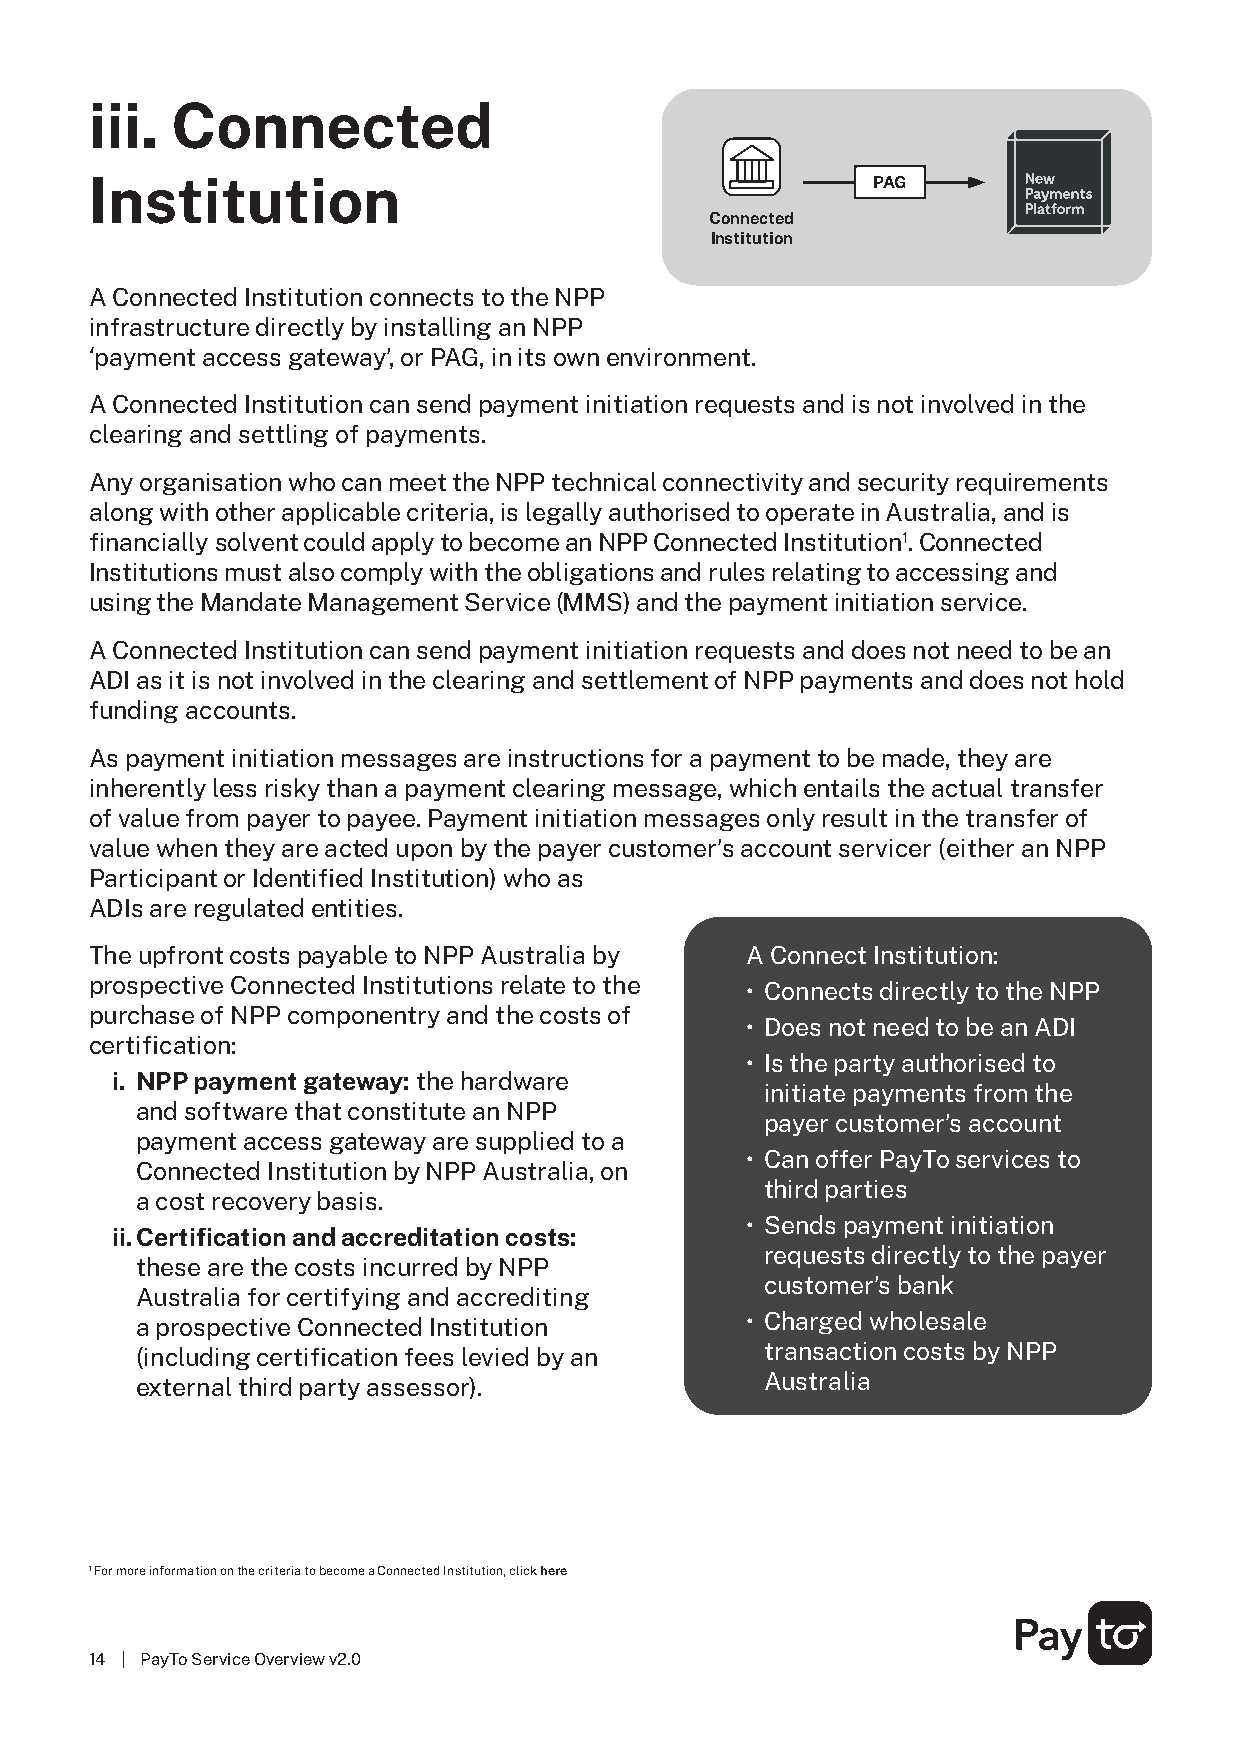
iii. Connected
 Institution                                         PAG
 Connected
 Institution
 A Connected Institution connects to the NPP
 infrastructure directly by installing an NPP
 ‘payment access gateway’, or PAG, in its own environment.
 A Connected Institution can send payment initiation requests and is not involved in the
 clearing and settling of payments.
 Any organisation who can meet the NPP technical connectivity and security requirements
 along with other applicable criteria, is legally authorised to operate in Australia, and is
 financially solvent could apply to become an NPP Connected Institution1. Connected
 Institutions must also comply with the obligations and rules relating to accessing and
 using the Mandate Management Service (MMS) and the payment initiation service.
 A Connected Institution can send payment initiation requests and does not need to be an
 ADI as it is not involved in the clearing and settlement of NPP payments and does not hold
 funding accounts.
 As payment initiation messages are instructions for a payment to be made, they are
 inherently less risky than a payment clearing message, which entails the actual transfer
 of value from payer to payee. Payment initiation messages only result in the transfer of
 value when they are acted upon by the payer customer’s account servicer (either an NPP
 Participant or Identified Institution) who as
 ADIs are regulated entities.
 The upfront costs payable to NPP Australia by A Connect Institution:
 prospective Connected Institutions relate to the • Connects directly to the NPP
 purchase of NPP componentry and the costs of
 • Does not need to be an ADI
 certification:
 • Is the party authorised to
 i. NPP payment gateway: the hardware
 initiate payments from the
 and software that constitute an NPP
 payer customer’s account
 payment access gateway are supplied to a
 • Can offer PayTo services to
 Connected Institution by NPP Australia, on
 third parties
 a cost recovery basis.
 • Sends payment initiation
 ii. Certification and accreditation costs:
 requests directly to the payer
 these are the costs incurred by NPP
 customer’s bank
 Australia for certifying and accrediting
 • Charged wholesale
 a prospective Connected Institution
 transaction costs by NPP
 (including certification fees levied by an
 Australia
 external third party assessor).
 1 For more information on the criteria to become a Connected Institution, click here
 14 | PayTo Service Overview v2.0